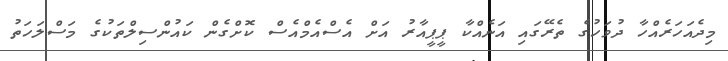
މިދެއަހަރެއްހާ ދުވަހުގެ ތެރޭގައި އަނެއްކާ ޕީޕީއާރު އަށް އެސްއެމްއެސް ކޮށްގެން ކައުންސިލްތަކުގެ މަސްލަހަތު